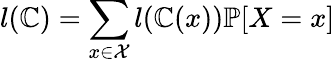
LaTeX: l(\mathbb{C})=\sum_{x\in{\mathcal{{X}}}}l(\mathbb{C}(x))\mathbb{{P}}[X=x]